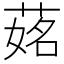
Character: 𦵎